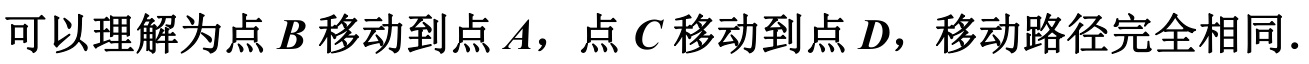
可以理解为点 \(B\) 移动到点 \(A\)，点 \(C\) 移动到点 \(D\)，移动路径完全相同.